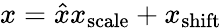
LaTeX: x={\hat{x}}x_{\mathrm{scale}}+x_{\mathrm{shift}}